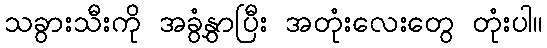
သခွားသီးကို အခွံနွှာပြီး အတုံးလေးတွေ တုံးပါ။